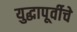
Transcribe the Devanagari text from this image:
युद्धापूर्वीचे